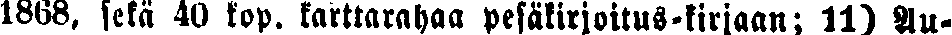
1868, sekä 40 kop. karttarahaa pesäkirjoitus-kirjaan; 11) Au-